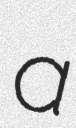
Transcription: a